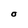
Character: O